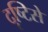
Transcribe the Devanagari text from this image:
दृष्‍टिसे